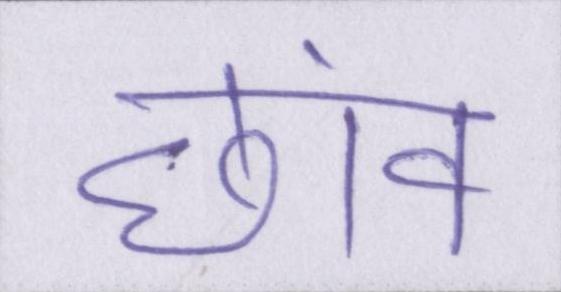
छांव